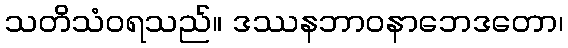
သတိသံဝရသည်။ ဒဿနဘာဝနာဘေဒတော၊